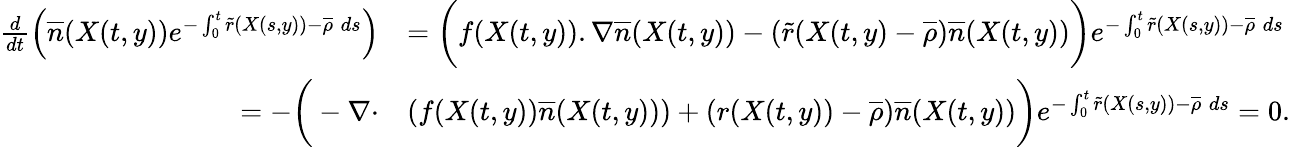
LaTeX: \begin{array}{rl}{\frac{d}{dt}\left(\overline{n}(X(t,y))e^{-\int_{0}^{t}{\tilde{r}(X(s,y))-\overline{\rho}\; ds}}\right)}&{=\bigg(f(X(t,y)).\nabla\overline{n}(X(t,y))-\left(\tilde{r}(X(t,y)-\overline{\rho}\right)\overline{n}(X(t,y))\bigg)e^{-\int_{0}^{t}{\tilde{r}(X(s,y))-\overline{\rho}\; ds}}}\\ {=-\bigg(-\nabla\cdot}&{\left(f(X(t,y))\overline{n}(X(t,y))\right)+(r(X(t,y))-\overline{\rho})\overline{n}(X(t,y))\bigg)e^{-\int_{0}^{t}{\tilde{r}(X(s,y))-\overline{\rho}\; ds}}=0.}\end{array}